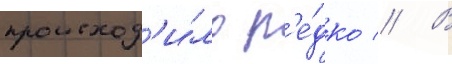
происход'и́ло р'е́дко // В